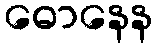
ဓောနေန